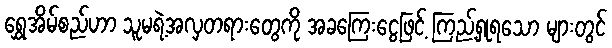
ရွှေအိမ်စည်ဟာ သူမရဲ့အလှတရားတွေကို အခကြေးငွေဖြင့် ကြည့်ရှုရသော များတွင်